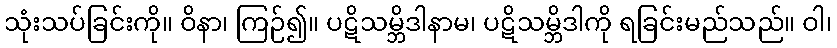
သုံးသပ်ခြင်းကို။ ဝိနာ၊ ကြဉ်၍။ ပဋိသမ္ဘိဒါနာမ၊ ပဋိသမ္ဘိဒါကို ရခြင်းမည်သည်။ ဝါ၊